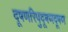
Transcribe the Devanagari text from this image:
दूषणरिपुदूषणदूषण